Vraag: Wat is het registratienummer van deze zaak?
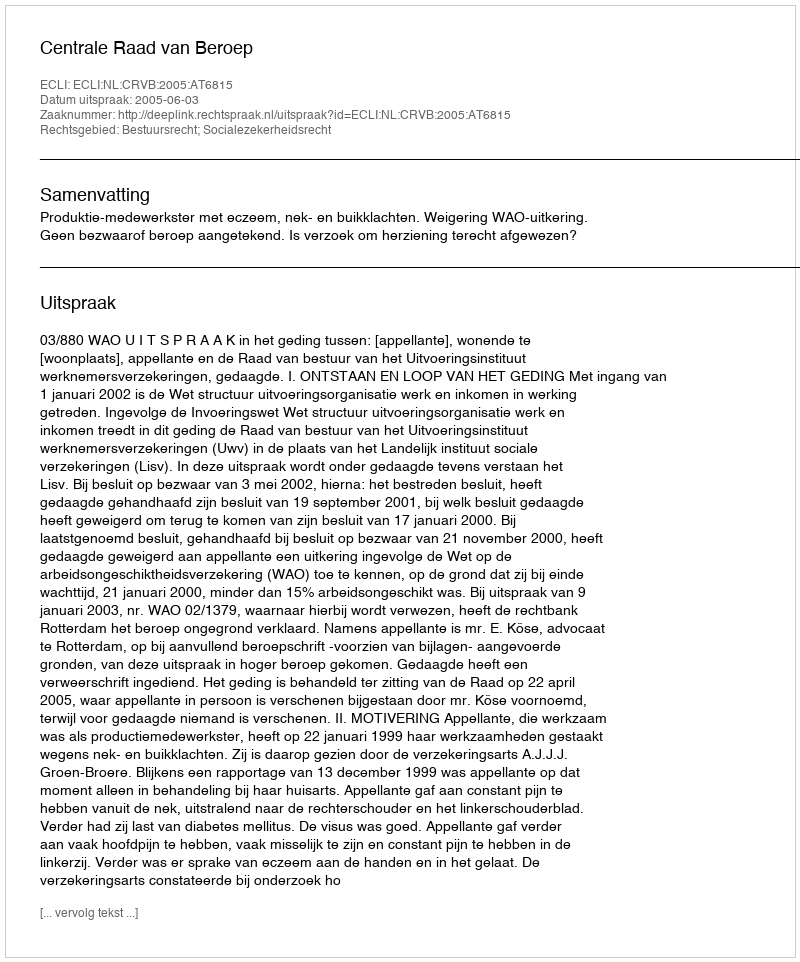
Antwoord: http://deeplink.rechtspraak.nl/uitspraak?id=ECLI:NL:CRVB:2005:AT6815